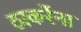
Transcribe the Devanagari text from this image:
ठाकरेंना